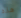
هذه